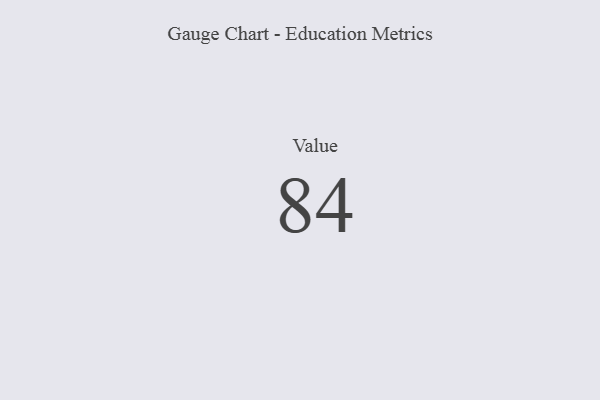
{"axis": {"x": "Metric", "y": "Value"}, "legend": [""], "data": [{"x": "Value", "y": 84, "type": ""}]}